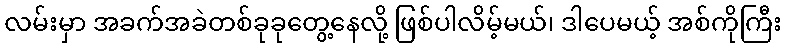
လမ်းမှာ အခက်အခဲတစ်ခုခုတွေ့နေလို့ ဖြစ်ပါလိမ့်မယ်၊ ဒါပေမယ့် အစ်ကိုကြီး